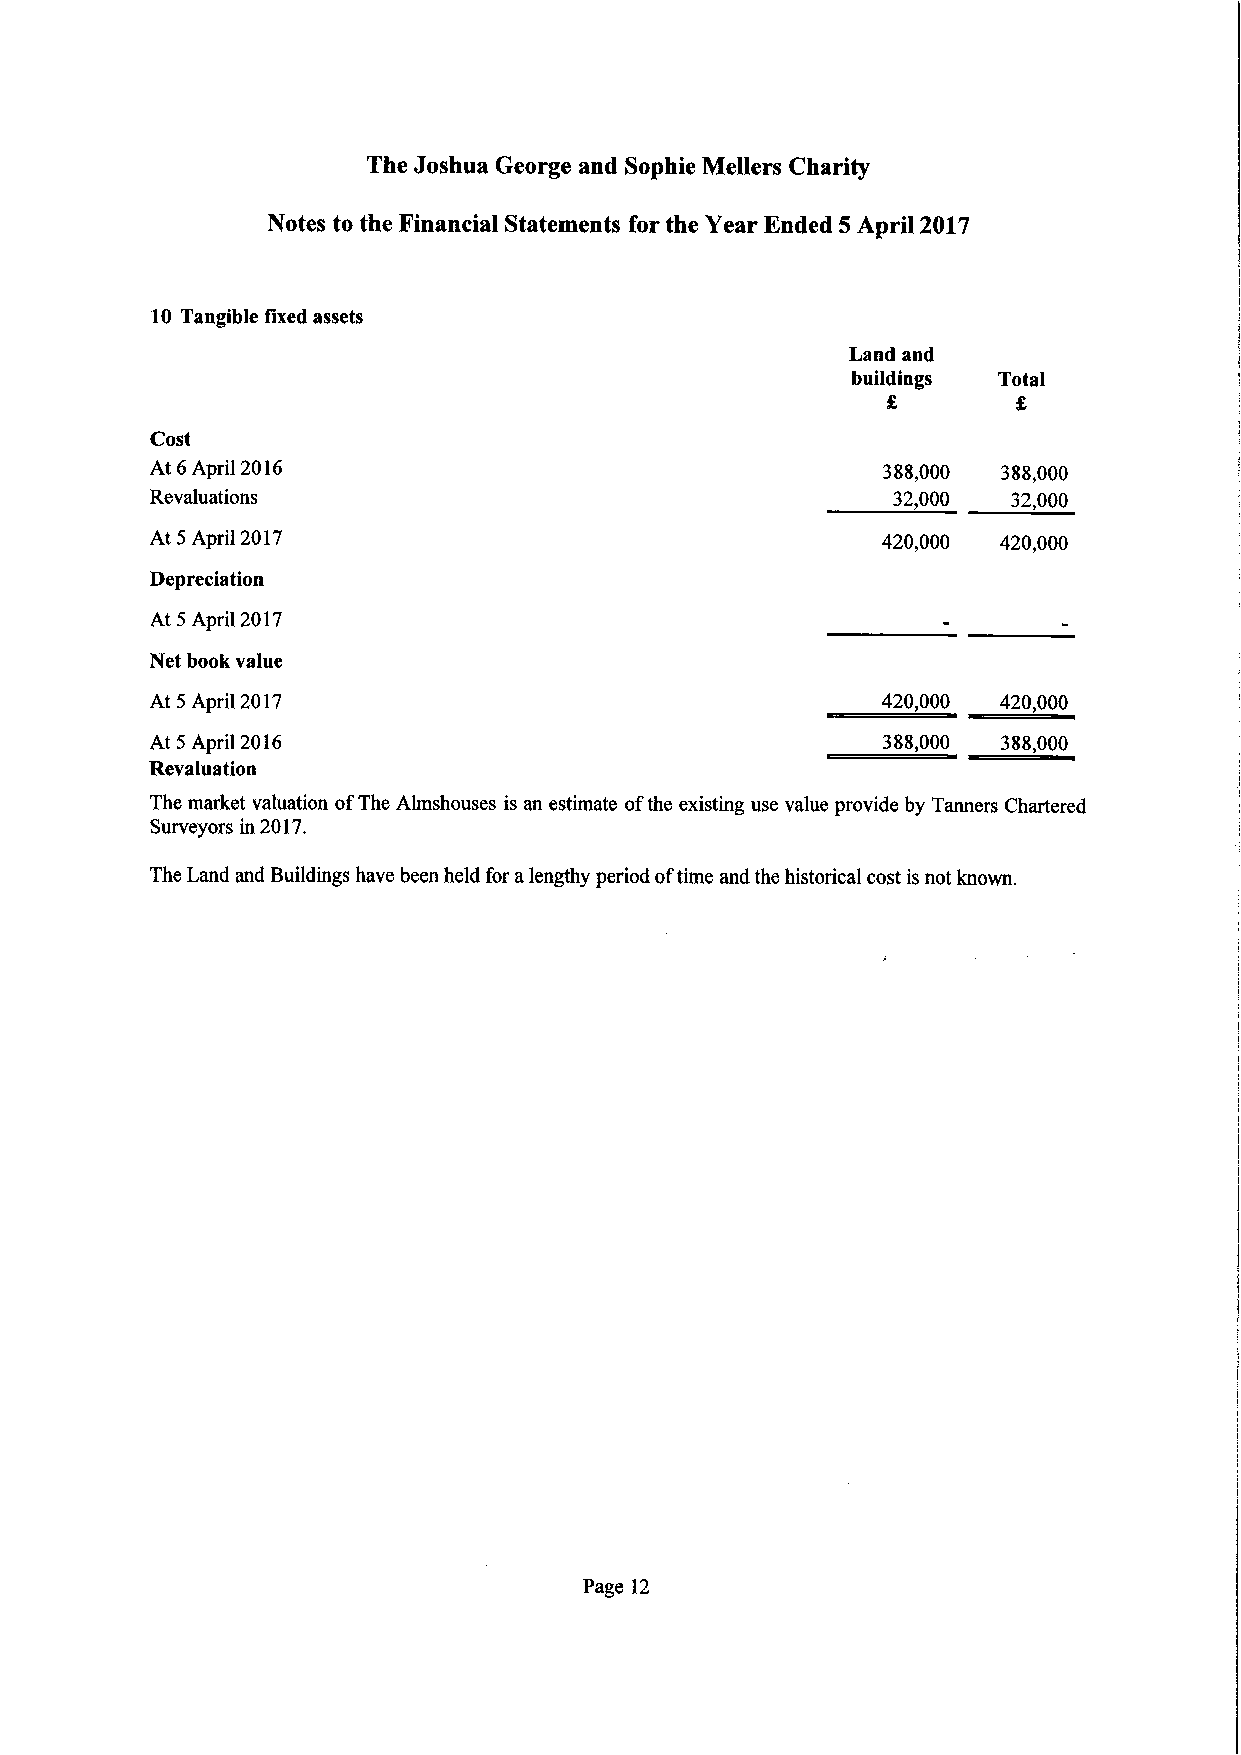
The Joshua George and Sophie Mellers Charity
 Notes to the Financial Statements forthe Year Ended 5 April 2017
 10 Tangible fixed assets
 Land and
 buildings Total
 £       £
 Cost
 At6April2016                                    388,000 388,000
 Revaluations                                     32,000  32,000
 At 5 April2017                                  420,000 420,000
 Depreciation
 At 5 April2017
 Netbookvalue
 At 5 April2017                                  420,000 420,000
 At 5 April2016                                  388,000 388,000
 Revaluation
 The market valuation ofThe Almshouses is an estimate ofthe existing use value provide by Tanners Chartered
 Surveyors in2017.
 TheLandandBuildings havebeenheldforalengthyperiodoftime andthehistoricalcostisnotknown.
 Page 12